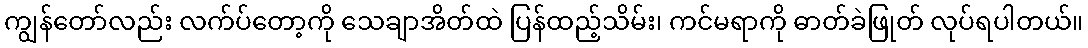
ကျွန်တော်လည်း လက်ပ်တော့ကို သေချာအိတ်ထဲ ပြန်ထည့်သိမ်း၊ ကင်မရာကို ဓာတ်ခဲဖြုတ် လုပ်ရပါတယ်။